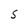
Character: S